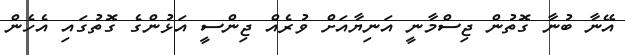
އޭނާ ބުނާ ގޮތުން ޖިސްމާނީ އަނިޔާއަށް ވުރެއް ޖިންސީ އަޅުންގެ ގޮތުގައި އެހެން